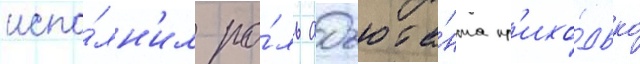
испо́лн'ил ро́ль адъюта́нта пр'ихо́дько